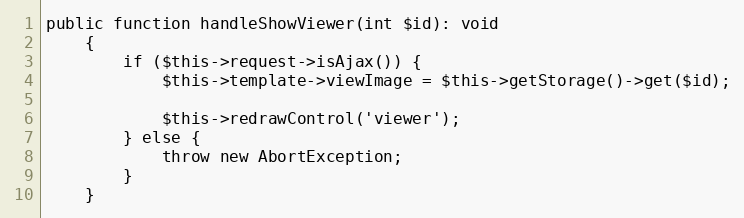
Language: PHP
public function handleShowViewer(int $id): void
	{
		if ($this->request->isAjax()) {
			$this->template->viewImage = $this->getStorage()->get($id);

			$this->redrawControl('viewer');
		} else {
			throw new AbortException;
		}
	}